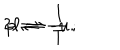
LaTeX: 2 \ell \rightleftharpoons \frac { 1 } { T } \, ; \hspace { 2 c m } p \rightleftharpoons - u .